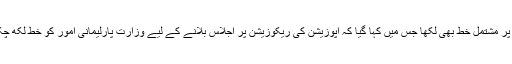
صادق سنجرانی نے اپوزیشن کے 7 پارلیمانی رہنماوٴں کو تین صفحات پر مشتمل خط بھی لکھا جس میں کہا گیا کہ اپوزیشن کی ریکوزیشن پر اجلاس بلانے کے لیے وزارتِ پارلیمانی امور کو خط لکھ چکا ہوں اور ریکوزیشن اجلاس سے متعلق 2016 کی رولنگ واضح ہے۔